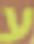
ע